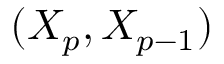
( X _ { p } , X _ { p - 1 } )